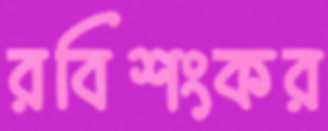
রবিশংকর